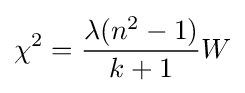
\chi ^{2}={\frac {\lambda (n^{2}-1)}{k+1}}W